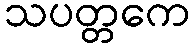
သပတ္တကေ